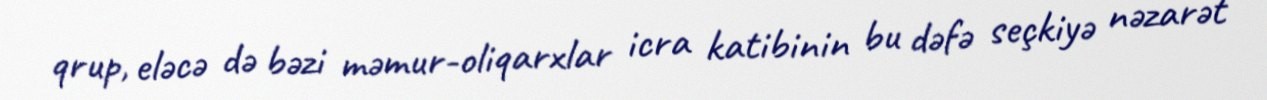
qrup, eləcə də bəzi məmur-oliqarxlar icra katibinin bu dəfə seçkiyə nəzarət